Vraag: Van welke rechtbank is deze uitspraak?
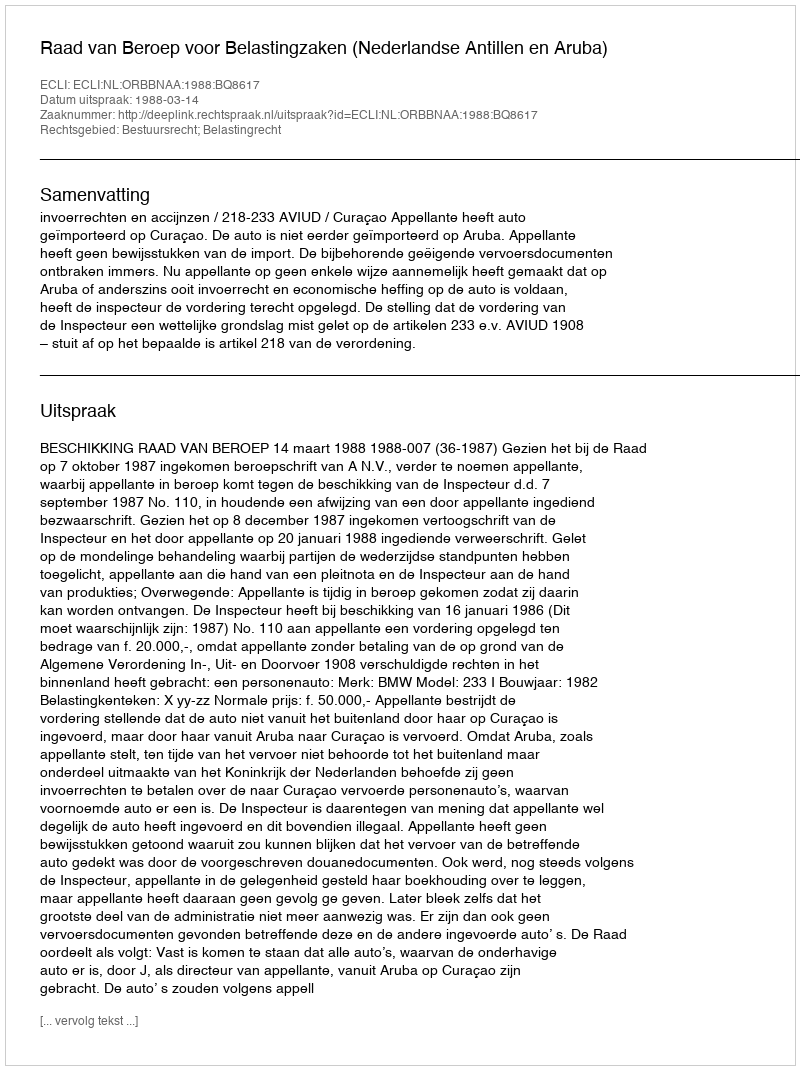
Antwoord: Raad van Beroep voor Belastingzaken (Nederlandse Antillen en Aruba)